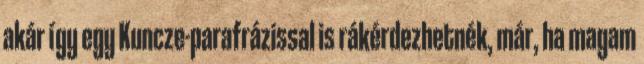
akár így egy Kuncze-parafrázissal is rákérdezhetnék, már, ha magam